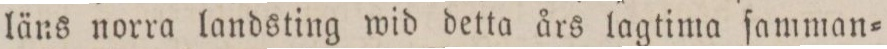
läns norra landsting wid detta års lagtima ſamman=